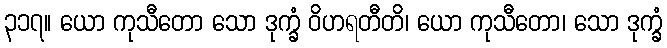
၃၁၇။ ယော ကုသီတော သော ဒုက္ခံ ဝိဟရတီတိ၊ ယော ကုသီတော၊ သော ဒုက္ခံ